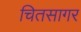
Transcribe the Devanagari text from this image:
चितसागर